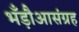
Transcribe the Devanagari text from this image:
भँड़ौआसंग्रह